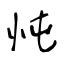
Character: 忳